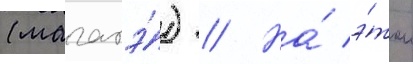
(магатэ́) // На́ э́том